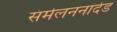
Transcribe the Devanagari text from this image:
संमेलननांदेड